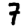
Digit: 7